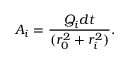
A _ { i } = \frac { Q _ { i } d t } { ( r _ { 0 } ^ { 2 } + r _ { i } ^ { 2 } ) } .